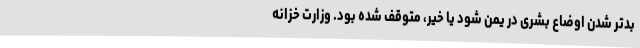
بدتر شدن اوضاع بشری در یمن شود یا خیر، متوقف شده بود. وزارت خزانه